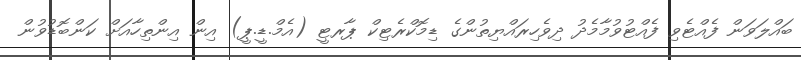
ބައްލަވަން ފެއްޓެވި ފެއްޓުވުމާމެދު ދިވެހިރައްޔިތުންގެ ޑިމޮކްރެޓިކް ޕާރޓީ (އެމް.ޑީ.ޕީ) އިން އިންތިހާއަށް ކަންބޮޑުވުން